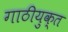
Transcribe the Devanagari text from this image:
गाठीयुक्त